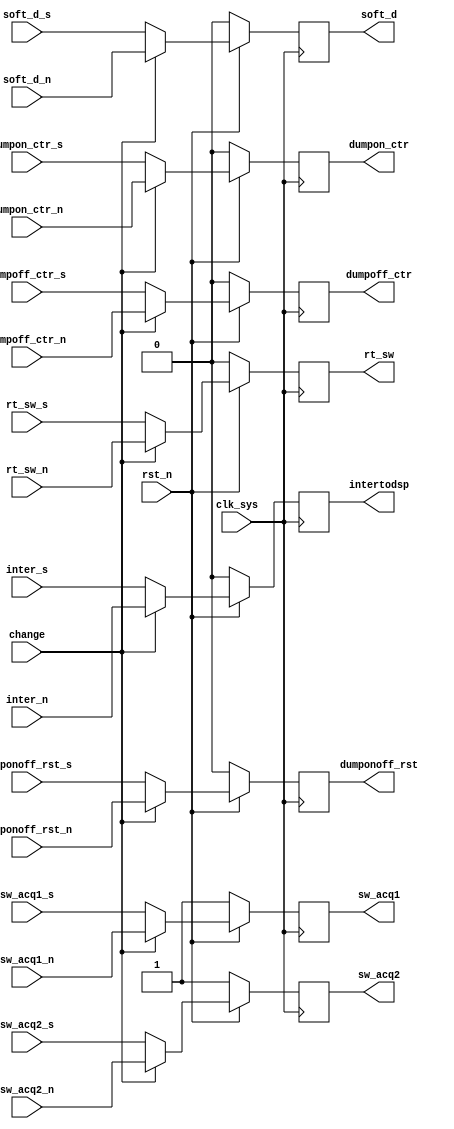
// nsctrl_choice.v

module nsctrl_choice(
                     rst_n,
                     clk_sys,
                     change,
                     soft_d_s,           //SOFT_DUMP
                     rt_sw_s,            //RT_SW
                     sw_acq1_s,          //SW_ACQ1
                     sw_acq2_s,          //SW_ACQ2
                     inter_s,
                     dumpon_ctr_s,
                     dumpoff_ctr_s,
                     dumponoff_rst_s,
                     soft_d_n,           //SOFT_DUMP
                     rt_sw_n,            //RT_SW
                     sw_acq1_n,          //SW_ACQ1
                     sw_acq2_n,          //SW_ACQ2
                     inter_n,
                     dumpon_ctr_n,
                     dumpoff_ctr_n,
                     dumponoff_rst_n,
                     soft_d,           //SOFT_DUMP
                     rt_sw,            //RT_SW
                     sw_acq1,          //SW_ACQ1
                     sw_acq2,          //SW_ACQ2
                     intertodsp,
                     dumpon_ctr,
                     dumpoff_ctr,
                     dumponoff_rst
                     );
input rst_n;
input clk_sys;
input change;

input soft_d_s;
input rt_sw_s;
input sw_acq1_s;
input sw_acq2_s;
input dumpon_ctr_s;
input dumpoff_ctr_s;
input dumponoff_rst_s;
input inter_s;
input soft_d_n;           
input rt_sw_n;            
input sw_acq1_n;          
input sw_acq2_n;          
input inter_n;
input dumpon_ctr_n;
input dumpoff_ctr_n;
input dumponoff_rst_n;

output soft_d;          
output rt_sw;           
output sw_acq1;          
output sw_acq2;         
output intertodsp;
output dumpon_ctr;
output dumpoff_ctr;
output dumponoff_rst;

reg soft_d;          
reg rt_sw;           
reg sw_acq1;          
reg sw_acq2;         
reg intertodsp;
reg dumpon_ctr;
reg dumpoff_ctr;
reg dumponoff_rst;


always @ (posedge clk_sys)
    begin
         if (rst_n == 1'b0)
             begin
                  soft_d        <= 1'b0;
                  rt_sw         <= 1'b0;
                  sw_acq1       <= 1'b1;
                  sw_acq2       <= 1'b1;
                  intertodsp    <= 1'b0;
                  dumpon_ctr    <= 1'b0;
                  dumpoff_ctr   <= 1'b0;
                  dumponoff_rst <= 1'b0;
             end
         else
             begin
                  if (change == 1'b1)
                      begin
                           soft_d        <= soft_d_n;
                           rt_sw         <= rt_sw_n;
                           sw_acq1       <= sw_acq1_n;
                           sw_acq2       <= sw_acq2_n;
                           intertodsp    <= inter_n;
                           dumpon_ctr    <= dumpon_ctr_n;
                           dumpoff_ctr   <= dumpoff_ctr_n;
                           dumponoff_rst <= dumponoff_rst_n;
                      end
                  else
                      begin
                           soft_d        <= soft_d_s;
                           rt_sw         <= rt_sw_s;
                           sw_acq1       <= sw_acq1_s;
                           sw_acq2       <= sw_acq2_s;
                           intertodsp    <= inter_s;
                           dumpon_ctr    <= dumpon_ctr_s;
                           dumpoff_ctr   <= dumpoff_ctr_s;
                           dumponoff_rst <= dumponoff_rst_s;
                      end
             end
    end

endmodule